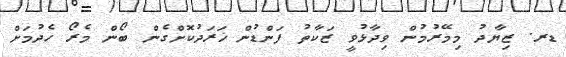
ޑރ. ޒިޔާދު މިމޭރުމުން ވިދާޅުވީ ޒަކާތު ފަންޑުން ޚަރަދުކޮށްގެން ބޯން މެރޯ ހެދުމަށް